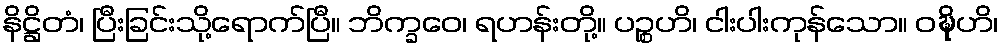
နိဋ္ဌိတံ၊ ပြီးခြင်းသို့ရောက်ပြီ။ ဘိက္ခဝေ၊ ရဟန်းတို့။ ပဉ္စဟိ၊ ငါးပါးကုန်သော။ ဝဍ္ဎိဟိ၊